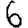
Digit: 6